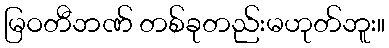
မြဝတီဘဏ် တစ်ခုတည်းမဟုတ်ဘူး။